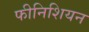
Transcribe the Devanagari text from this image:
फीनिशियन